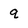
Character: q